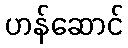
ဟန်ဆောင်